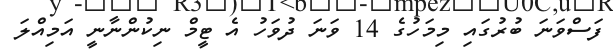
ފަސްވަނަ ބުރުގައި މިމަހުގެ 14 ވަނަ ދުވަހު އެ ޓީމް ނިކުންނާނީ އަމިއްލަ